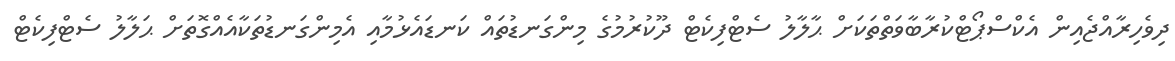
ދިވެހިރާއްޖެއިން އެކްސްޕޯޓްކުރާބާވަތްތަކަށް ޙާލާލު ސެޓްފިކެޓް ދޫކުރުމުގެ މިންގަނޑުތައް ކަނޑައެޅުމާއި އެމިންގަނޑުތަކާއެއްގޮތަށް ޙަލާލު ސެޓްފިކެޓް